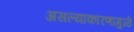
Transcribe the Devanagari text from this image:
असल्याकारणामुळे